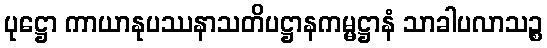
ပုဋ္ဌော ကာယာနုပဿနာသတိပဋ္ဌာနကမ္မဋ္ဌာနံ သာခါပလာသဉ္စ